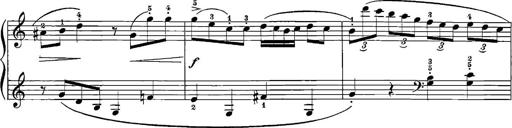
Title: 12 Sonatinas
Composer: Ignaz Pleyel